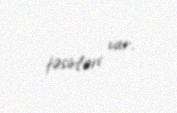
təsirləri var.